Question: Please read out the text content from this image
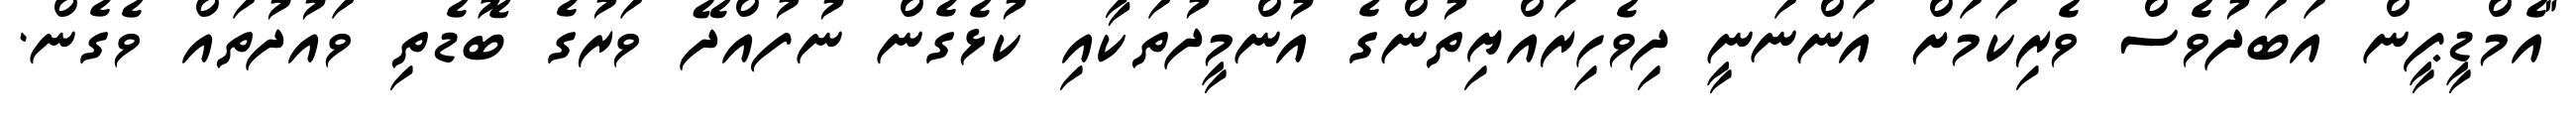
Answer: "އެމްޑީޕީން އަބަދުވެސް ވެރިކަމަށް އަންނަނީ ދިވެހިރައްޔިތުންގެ އުންމީދުތަކާއި ކުޅެގެން ނުފުއްދޭ ވަރުގެ ބޮޑެތި ވައުދުތައް ވެގެން.